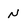
Character: n